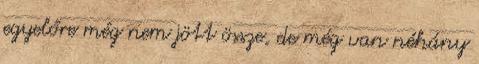
egyelőre még nem jött össze, de még van néhány